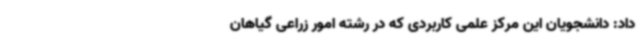
داد: دانشجویان این مرکز علمی کاربردی که در رشته امور زراعی گیاهان